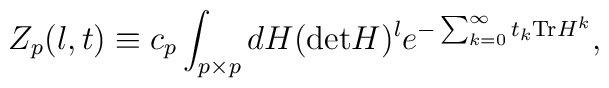
Z_{p}(l,t)\equiv c_{p}\int_{p\times p}dH ({\rm det}H)^{l}e^{-\sum_{k=0}^{\infty}t_{k}{\rm Tr}H^{k}},